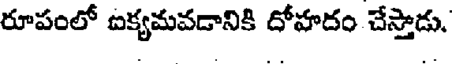
రూపంలో ఐక్యమవడానికి దోహదం చేస్తాడు.